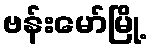
ဗန်းမော်မြို့